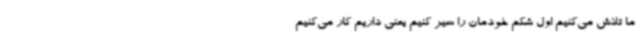
ما تلاش می‌کنیم اول شکم خودمان را سیر کنیم یعنی داریم کار می‌کنیم